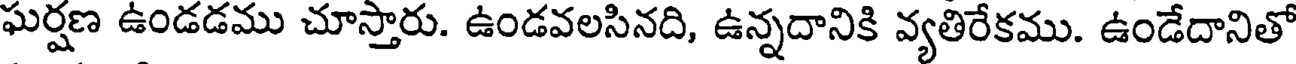
ఘర్షణ ఉండడము చూస్తారు. ఉండవలసినది, ఉన్నదానికి వ్యతిరేకము. ఉండేదానితో